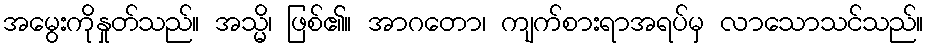
အမွေးကိုနှုတ်သည်။ အသ္မိ၊ ဖြစ်၏။ အာဂတော၊ ကျက်စားရာအရပ်မှ လာသောသင်သည်။